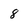
Character: 8